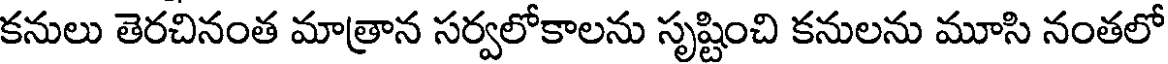
కనులు తెరచినంత మాత్రాన సర్వలోకాలను సృష్టించి కనులను మూసి నంతలో